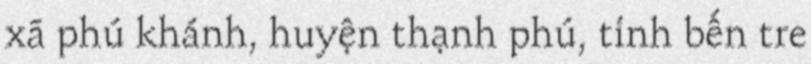
xã phú khánh, huyện thạnh phú, tỉnh bến tre